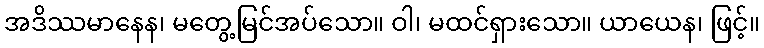
အဒိဿမာနေန၊ မတွေ့မြင်အပ်သော။ ဝါ၊ မထင်ရှားသော။ ယာယေန၊ ဖြင့်။